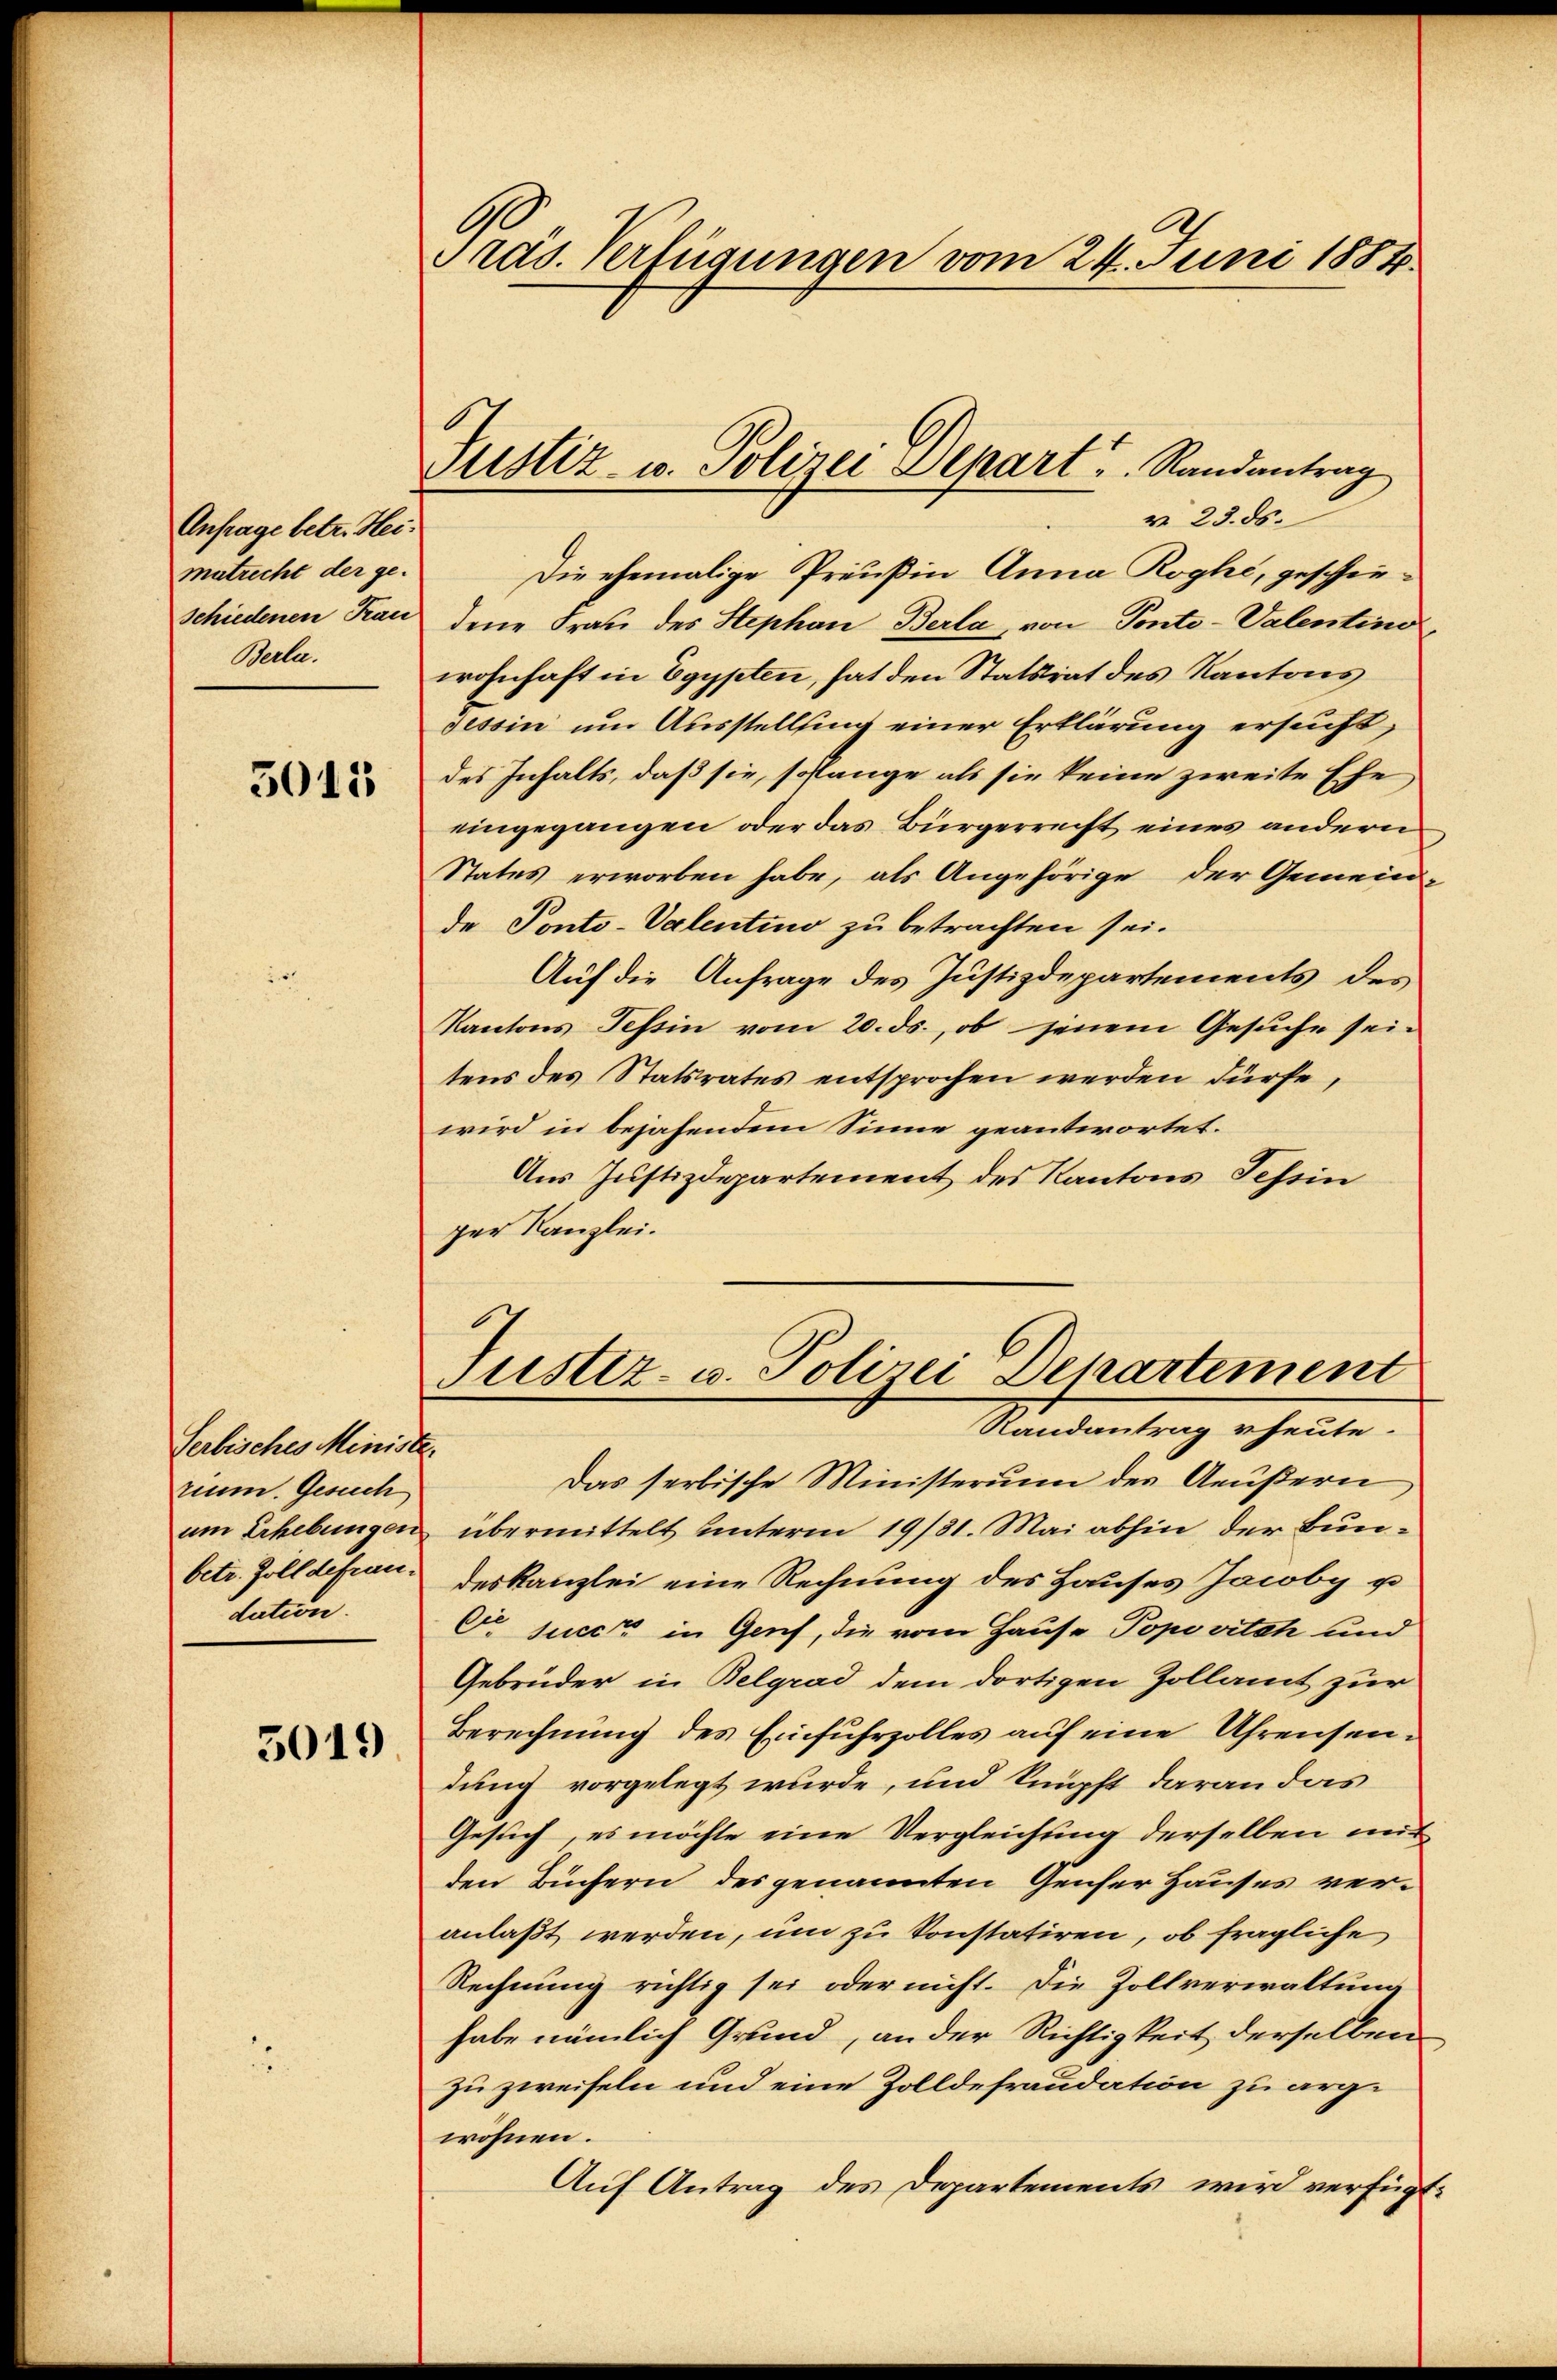
Anfrage betr. Heimatrecht der ge-
Schiedenen Frau
Berla

5011

Serbisches Ministe.
rium. Gesuch
betr. Zoll defrau.
dation.

5019

Präs. Verfügungen vom 24. Juni 1884

Justiz- u. Polizei Depart Randantrag

v 23. ds.
Die ehemalige Preußin Anna Roghe, geschiedene Frau des Stephan Berla, von Ponto-Valentind
wohnhaft in Egypten, hat den Statsrat des Kantons
Tessin um Ausstellung einer Erklärung ersucht,
des Inhalts, daß sie, solange als sie keine zweite Ehe
eingegangen oder das Bürgerrecht eines andern
Status erworben habe, als Angehörige der Gemein-
de Ponto-Valentino zu betrachten sei.
Auf die Anfrage des Justizdepartements des
Kantons Tessin vom 20. ds., ob jenem Gesuche sei-
tens des Statsrates entsprochen werden dürfe,
wird in bejahendem Sinne geantwortet.
Aus Justizdepartement des Kantons Tessin
per Kanzlei.
.
Justiz- u. Polizei Departement
Randantrag heute.
Das serbische Ministerium des Aeußern
um Erhebungen übermittelt unterm 19/31. Mai abhin der Bundeskanzlei eine Rechnung des Hauses Jacoby u
Er succe in Genf, die vom Hause Popovitch und
Gebrüder in Belgrad dem dortigen Zollamt zur
Berechnung des Einfuhrzolles auf eine Uhrensendung vorgelegt wurde, und knüpft daran das
Gesuch, es möchte eine Vergleichung derselben mit
den Büchern des genannten Genser Hauses veranlaßt werden, um zu konstatiren, ob fragliche
Rechnung richtig sei oder nicht. Die Zollverwaltung
habe nämlich Grund, an der Richtigkeit derselben
zu zweifeln und eine Zolldefraudation zu argwohnen.
Auf Antrag des Departements wird verfügt: